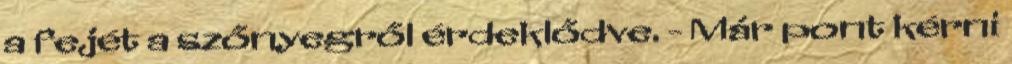
a fejét a szőnyegről érdeklődve. - Már pont kérni